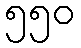
၅၅၀